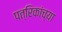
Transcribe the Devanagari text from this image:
पत्रिकांच्या